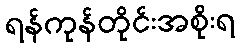
ရန်ကုန်တိုင်းအစိုးရ